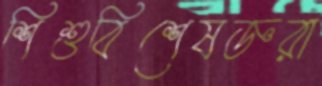
শিশুবিশেষজ্ঞরা